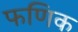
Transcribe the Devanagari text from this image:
फणिक